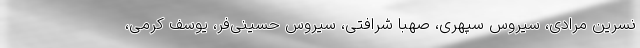
نسرین مرادی، سیروس سپهری، صهبا شرافتی، سیروس حسینی‌فر، یوسف کرمی،